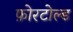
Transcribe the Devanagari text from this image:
फ़ोरटोल्ड